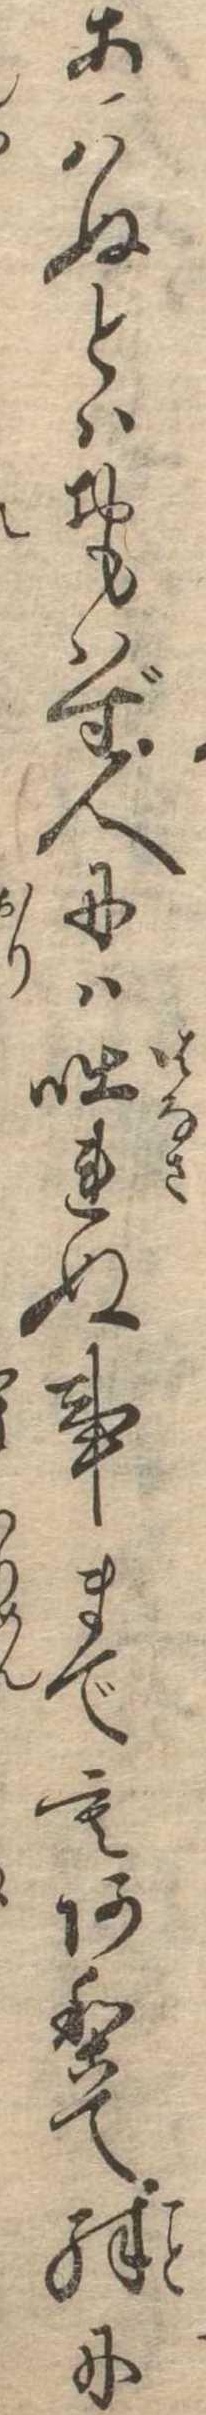
あはぬとはおもはず人には咄れぬ事までもありて殊に